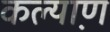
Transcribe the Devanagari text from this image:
कल्याण़